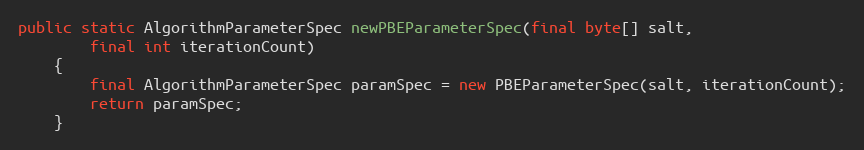
Language: Java
public static AlgorithmParameterSpec newPBEParameterSpec(final byte[] salt,
		final int iterationCount)
	{
		final AlgorithmParameterSpec paramSpec = new PBEParameterSpec(salt, iterationCount);
		return paramSpec;
	}